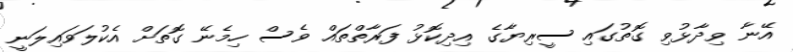
އޭނާ ވިދާޅުވި ގޮތުގައި ސީރިޔާގެ އިދިކޮޅު ފަރާތްތައް ވެސް ހިމެނޭ ގޮތަށް އެކުލަވައިލަނީ